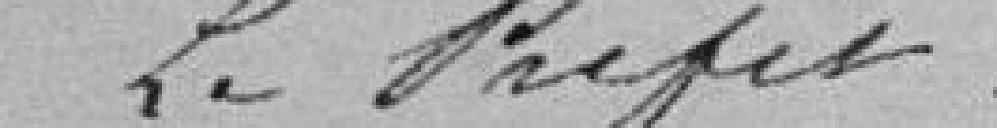
Le Préfet